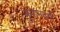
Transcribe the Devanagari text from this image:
नुमानंदगी